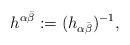
LaTeX: \begin{align*}h^{\alpha\bar{\beta}}:=(h_{\alpha\bar{\beta}})^{-1},\end{align*}